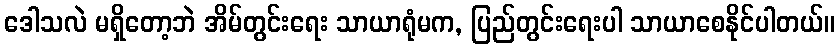
ဒေါသလဲ မရှိတော့ဘဲ အိမ်တွင်းရေး သာယာရုံမက, ပြည်တွင်းရေးပါ သာယာစေနိုင်ပါတယ်။